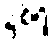
နှစ်ရှိ